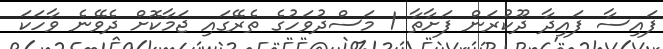
ފައިސާ ފައިދާ ދޫކުރަން ފަށާތާ 1 މަސްދުވަހުގެ ތެރޭގައި ޖަމާކޮށް ދެވޭނެ ވާހަކަ